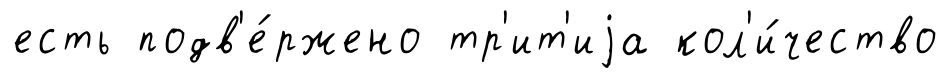
есть подв'е́ржено тр'ит'иjа кол'и́чество